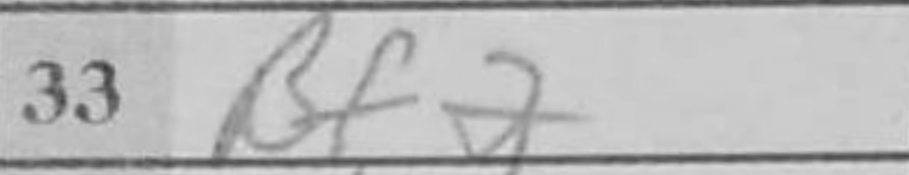
Transcription: Bf2